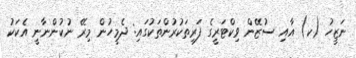
ނަޒީހު (ކ) އާއި ސުޒޭން ވިކްޓަރީގެ ފަރިތަކުރުންތަކުގައި: ދެމީހުން މިރޭ ނުކުންނާނީ އެކަކު